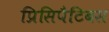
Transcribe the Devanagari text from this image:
प्रिसिपैटिबस